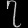
Digit: ၇